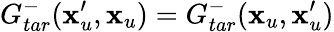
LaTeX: G_{tar}^{-}(\textbf{x}_{u}^{\prime},\textbf{x}_{u})=G_{tar}^{-}(\textbf{x}_{u},\textbf{x}_{u}^{\prime})